system: You are a helpful assistant.
user:
Analyze the provided spectrum to determine if it is a **White Dwarf (WD)**.

A White Dwarf spectrum is defined by its **extreme purity** (due to gravitational settling) and/or **extreme pressure broadening** (due to high surface gravity). You must check for one of the following mutually exclusive signatures:

- **Key Visual Indicators (Check for ONE of these types):**

    - **1. DA-Type Signature (Most Common):**
        - **(Primary Feature):** Extreme pressure broadening (Stark broadening) of the **Hydrogen (H) Balmer lines**.
        - **(Key Lines):** $H\beta$ (approx. $4861$ Å) and $H\gamma$ (approx. $4340$ Å). $H\alpha$ (approx. $6563$ Å) will also be present if the wavelength range covers it.
        - **(Line Profile):** This is the **defining feature**. The lines are **NOT** sharp. They appear as massive, **extremely broad and deep "troughs" or "dips"** in the spectrum, often hundreds of Ångströms wide. The continuum will appear to "scoop" down at these wavelengths.
        - **(Distinction):** Normal A-type or B-type stars have *narrow* and *sharp* Hydrogen lines. A DA White Dwarf's lines are unmistakably "smeared" or "blurry" from pressure.

    - **2. DB-Type Signature:**
        - **(Primary Feature):** Broad absorption lines from **Neutral Helium (He I)**. The spectrum must lack any visible Hydrogen lines.
        - **(Key Lines):** Look for broad absorption near $4471$ Å, $4921$ Å, and $5876$ Å.
        - **(Line Profile):** These lines are also significantly pressure-broadened, appearing much wider than they would in a normal B-type main-sequence star.

    - **3. DC-Type Signature:**
        - **(Primary Feature):** A **featureless continuous spectrum**.
        - **(Line Profile):** The spectrum is a smooth curve with **no significant absorption or emission lines**.
        - **(Key Confirmation):** The continuum is almost always **blue or white**, indicating a hot object. This signature implies the atmosphere is so pure (or so cool) that no spectral lines are visible in the optical range. Its WD identity is confirmed by its extremely low intrinsic brightness (high absolute magnitude).

    - **4. DZ-Type Signature (Metal-Polluted):**
        - **(Primary Feature):** **Isolated, narrow metal absorption lines** on an otherwise featureless (DC-like) continuum.
        - **(Key Lines):** The **Calcium (Ca II) H & K doublet** (approx. **$3934$ Å** and **$3968$ Å**) is the most common and defining feature.
        - **(Line Profile):** These lines are "out of place." They are *not* part of a "forest" of thousands of lines. This signature is evidence of recent *accretion* (pollution) from rocky debris.
        - **(Distinction):** Normal G/K/M stars have a *dense forest* of thousands of metal lines. A DZ has a *clean* continuum with *only a few* strong metal lines.

    - **5. DQ-Type Signature (Carbon-Polluted):**
        - **(Primary Feature):** Absorption bands from **Carbon (C₂ "Swan Bands" or atomic C I)**.
        - **(Key Lines - C₂):** Look for bandheads with a "saw-tooth" shape near $5635$ Å, **$5165$ Å** (strongest), and $4737$ Å.
        - **(Key Confirmation):** The underlying **continuum must be blue or white** (hot).
        - **(Distinction):** This is the critical difference from a **Carbon Star**, which has the *exact same* C₂ bands but on an extremely **red, cool** continuum.

- **(Overall Spectrum):**
    - The continuum (overall shape) is typically **blue-sloping** (brighter in the blue than the red), as most white dwarfs are very hot.
    - The spectrum will look "pure" or "simple," dominated by only *one* of the five signatures listed above.

Think first, call **spectral_visualization_tool** if needed to examine features in detail, then provide your final answer. Your response must adhere to the following strict rules:
1.  **Overall Structure:** Your response must follow the format `<think>...</think> <tool_call>...</tool_call> (if a tool is used) <answer>...</answer>`.
2.  **Tool Usage Constraint:** You may only make **one** tool call per turn.
3.  **Final Answer Format:** In the `<answer>` tag, your conclusion must be inside a `\boxed{}` command (e.g., `\boxed{YES}` or `\boxed{NO}`), followed by your justification.

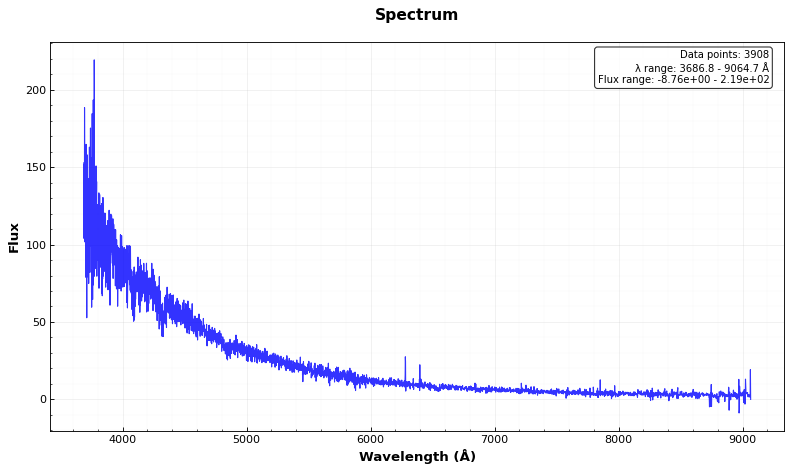
Answer: YES